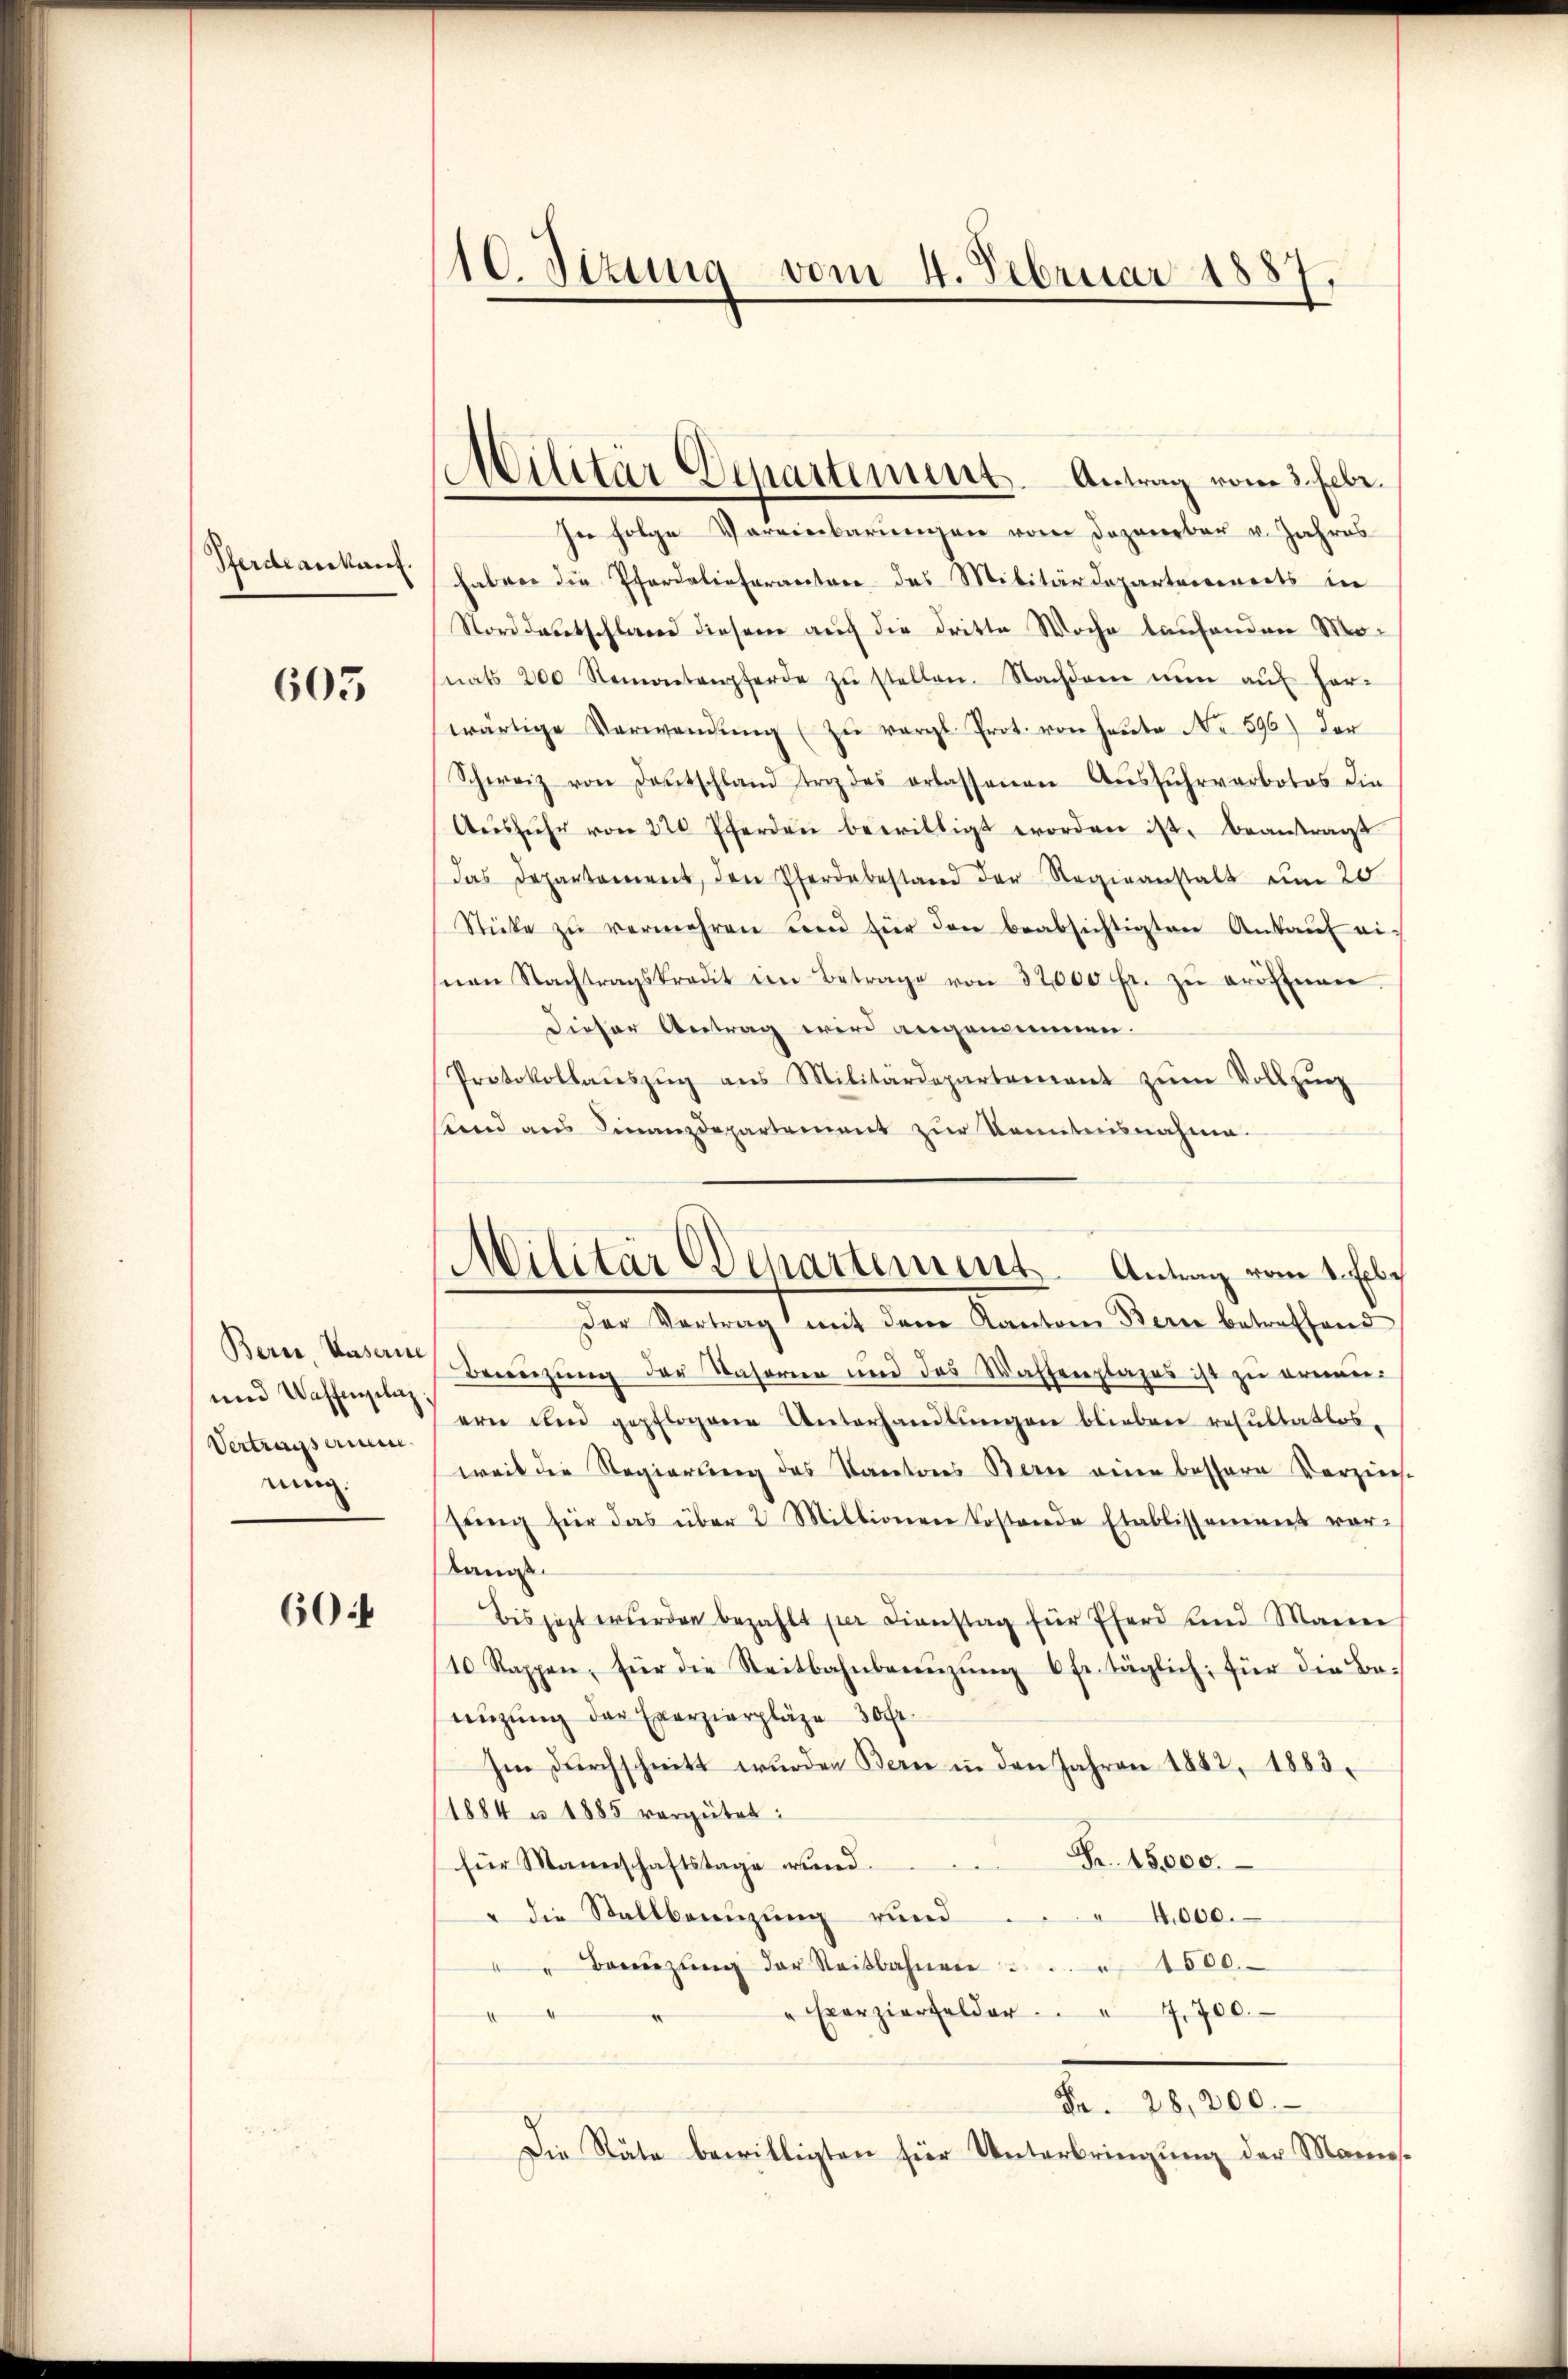
Pferde ankauf.

605

Bern, Kaserne
und Waffenplaz
Vertrags amen
nung.

60:

10. Sizung vom 4. Februar 1887

In folge Vereinbarŭngen vom Dezember v. Jahres
haben die Pfordelieferantere des Militärdepartenereits in
Norddeutschland diesem auch die dritte Woche laufenden Monats 200 Remontenpferde zŭ stellen. Nachdem nŭn aŭf her-
wärtige Verwendŭng zŭ vergl. Prot. von Heute No 596) der
Schweiz von Deutschland er des erlassenen Aŭsfuhrverbotes die
Aŭsführ von 220 Pferden bewilligt worden ist. Beantragt
das Departement, den Pferdebestand der Regieanstalt um 20
Stücke zŭ vermehren den für den beabsichtigten Ankaŭf eisnen Nachtragskraut im Betrage von 32000 fr. zŭ eröffnen.
dieser Antrag wird angemeinen.
Protokollaŭszŭg ans Militärdepartement zŭm Vollzŭg
send aus Finanzdepartement zur Kenntnisnahme.
Der Vertrag mit dem Kanton Bern betreffend
Benützŭng der Vasorien und des Waffenplazes ist zŭ ernen-
ern den gepflogene Unterhandlŭngen blieben resultatlos,
weil die Regierung des Kantons Bern eine bessern Vorzeich-
sŭng für das über 2 Millionen kostende Etablissement vor-
kanis.
Bis jezt wurden bezahlt per Dienstag für Eferd und Mann
10 Rappen, für die Reitbahnbarŭzŭng 6 fr. täglich, für die Be-
nizung der Exerzierpläge 30 Fr.
Im dŭrchschnitt wŭrden Bern in den Jahren 1882, 1883.
1884 u. 1885 vergütet:
Fr. 15,000.
für Mannschaftstage wund.
" die Stallbenuzung rund
4,000.
Beizŭng der Reitbahnen 1500.
" Exerziergelder.  7700.
4
d
Fr. 28,200.
Die Stäte bewilligten für Unterbringung der Mannes¬

Militär Departement. Antrag vom 5. Febr.

Militär Behartement. Antrag vom 1. Feb.